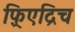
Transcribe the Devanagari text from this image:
फ़्रिएद्रिच